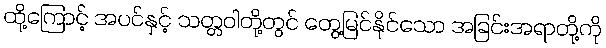
ထို့ကြောင့် အပင်နှင့် သတ္တဝါတို့တွင် တွေ့မြင်နိုင်သော အခြင်းအရာတို့ကို